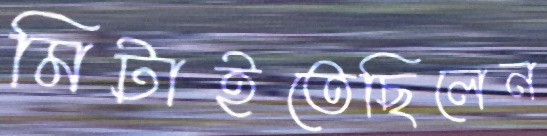
মিটাইতেছিলেন